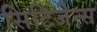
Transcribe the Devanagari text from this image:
सिटिजेन्स